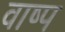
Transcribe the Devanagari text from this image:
वाष्‍प